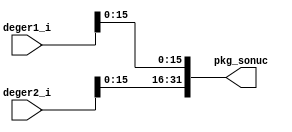
module pkg_unit(
   input [31:0] deger1_i,
   input [31:0] deger2_i,
   output [31:0] pkg_sonuc
);
   assign pkg_sonuc = {deger2_i[15:0],deger1_i[15:0]};
endmodule